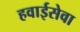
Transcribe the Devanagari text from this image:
हवाईसेवा